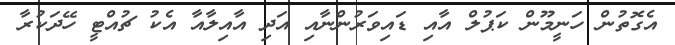
އެގޮތުން ހަނީމޫން ކަޕުލް އާއި ޑައިވަރުންނާއި އަދި އާއިލާއާ އެކު ޗުއްޓީ ހޭދަކުރާ